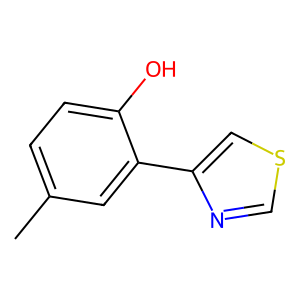
SMILES: Cc1ccc(O)c(-c2cscn2)c1
Inhibits HIV replication: No